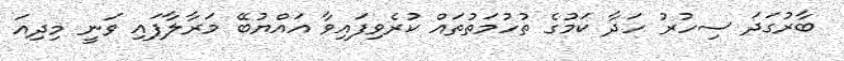
ބާރުގަދަ ސިހުރު ހަދާ ކަމުގެ ތުހުމަތުތައް ކުރެވިފައިވާ އައްޔުބޭ މަރާލާފައި ވަނީ މިދިއަ